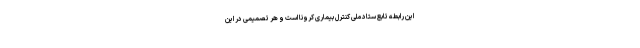
این رابطه تابع ستاد ملی کنترل بیماری کرونا است و هر تصمیمی در این